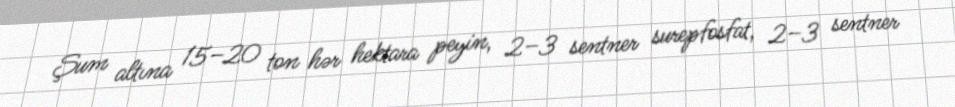
Şum altına 15–20 ton hər hektara peyin, 2–3 sentner surepfosfat, 2–3 sentner